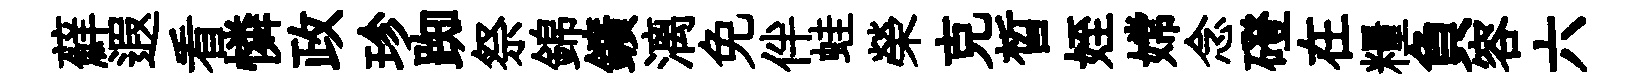
蘚遐看憐政珍踟祭錦鑛漓免伴蛙榮克晳姪嫦念磴在糧負容六